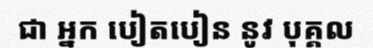
ជា អ្នក បៀតបៀន នូវ បុគ្គល